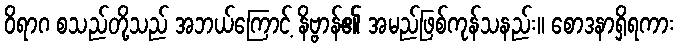
ဝိရာဂ စသည်တို့သည် အဘယ်ကြောင့် နိဗ္ဗာန်၏ အမည်ဖြစ်ကုန်သနည်း။ စောဒနာရှိရကား